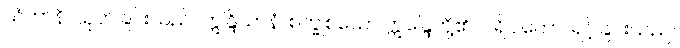
သံဟာနိ၊ ယုတ်ခြင်းသည်။ ဣန္ဒြိယာနံ၊ စက္ခုစသော ဣန္ဒြေတို့၏။ ပရိပါကော၊ ရင့်ခြင်းသည်။